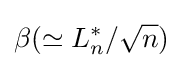
\beta (\simeq L_{n}^{*}/{\sqrt {n}})